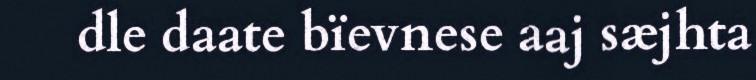
dle daate bïevnese aaj sæjhta